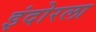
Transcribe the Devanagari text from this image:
इंदोरला